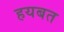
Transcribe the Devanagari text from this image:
हयबत